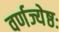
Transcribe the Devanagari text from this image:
वर्णज्येष्ठः